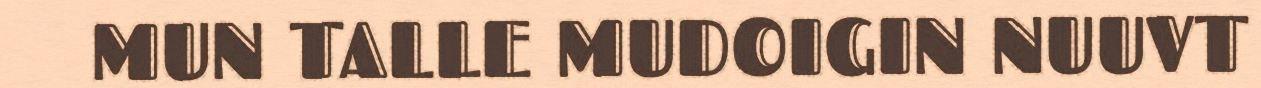
MUN TALLE MUDOIGIN NUUVT